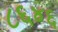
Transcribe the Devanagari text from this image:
८६४६